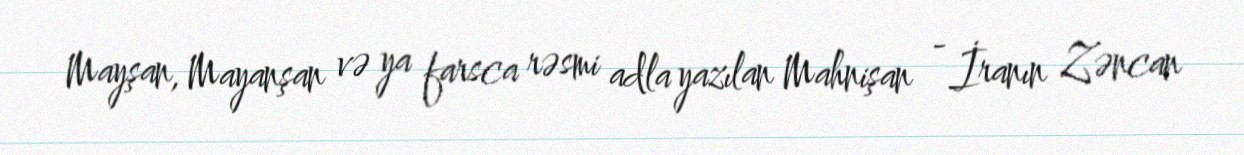
Mayşan, Mayanşan və ya farsca rəsmi adla yazılan Mahnişan - İranın Zəncan